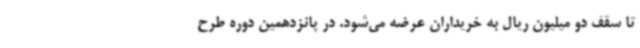
تا سقف دو میلیون ریال به خریداران عرضه می‌شود. در پانزدهمین دوره طرح